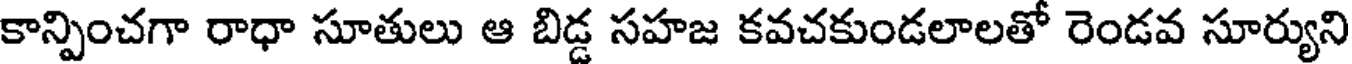
కాన్పించగా రాధా సూతులు ఆ బిడ్డ సహజ కవచకుండలాలతో రెండవ సూర్యుని